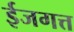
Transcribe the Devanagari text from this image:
ईजगत्त